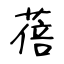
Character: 蓓